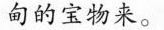
的宝物来。